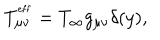
T _ { \mu \nu } ^ { ^ \mathrm { e f f } } = T _ { \infty } g _ { \mu \nu } \delta ( y ) ,